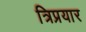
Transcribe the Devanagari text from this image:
त्रिप्रयार